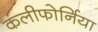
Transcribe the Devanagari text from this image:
कलीफोर्निया